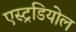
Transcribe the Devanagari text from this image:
एस्ट्रडियोल